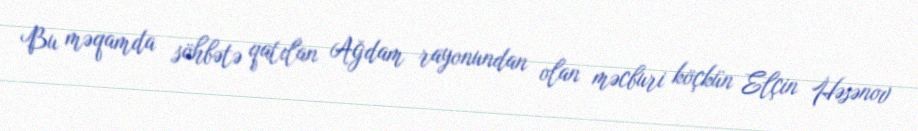
Bu məqamda söhbətə qatılan Ağdam rayonundan olan məcburi köçkün Elçin Həsənov